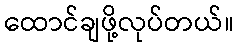
ထောင်ချဖို့လုပ်တယ်။